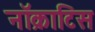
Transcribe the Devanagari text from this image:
नॉक्राटिस